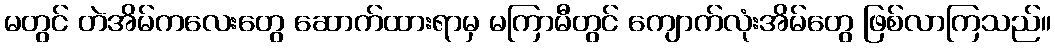
မတွင် တဲအိမ်ကလေးတွေ ဆောက်ထားရာမှ မကြာမီတွင် ကျောက်လုံးအိမ်တွေ ဖြစ်လာကြသည်။